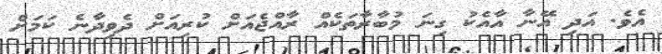
އެވެ. އަދި އޭނާ އާއެކު ގިނަ މުބާރާތަކެއް ރާއްޖެއަށް ކުރިއަށް ދެވިދާނެ ކަމަށް